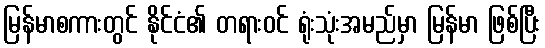
မြန်မာစကားတွင် နိုင်ငံ၏ တရားဝင် ရုံးသုံးအမည်မှာ မြန်မာ ဖြစ်ပြီး